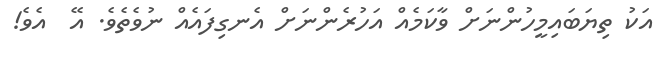
އަކު ތިޔަބައިމީހުންނަށް ވާކަމެއް އަހުރެންނަށް އެނގިފައެއް ނުވެތެވެ. އޭ  އެވެ!